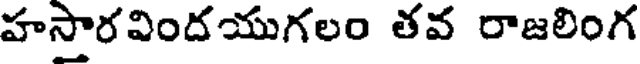
హసారవిందయుగలం తవ రాజలింగ